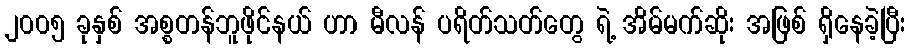
၂၀၀၅ ခုနှစ် အစ္စတန်ဘူဖိုင်နယ် ဟာ မီလန် ပရိတ်သတ်တွေ ရဲ့ အိမ်မက်ဆိုး အဖြစ် ရှိနေခဲ့ပြီး